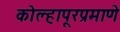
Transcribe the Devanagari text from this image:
कोल्हापूरप्रमाणे